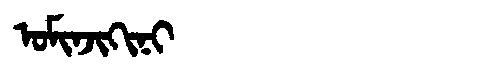
Manchu: ᠣᠮᡳᠨᠵᡳᡴᡳᠨᡳ
Romanization: OMINJIKINI